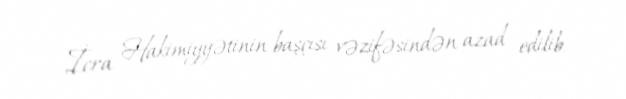
İcra Hakimiyyətinin başçısı vəzifəsindən azad edilib.